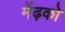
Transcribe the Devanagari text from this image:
मेंढ़को